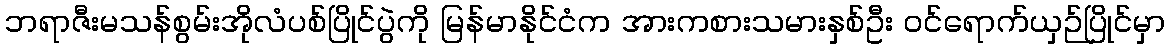
ဘရာဇီးမသန်စွမ်းအိုလံပစ်ပြိုင်ပွဲကို မြန်မာနိုင်ငံက အားကစားသမားနှစ်ဦး ဝင်ရောက်ယှဉ်ပြိုင်မှာ